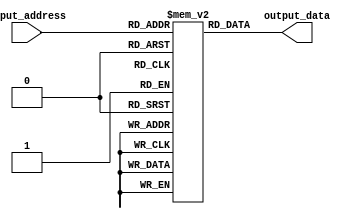
module InstructionMemory(input_address, output_data);

	input [4:0] input_address;

	output [63:0] output_data;

	reg [63:0] memory [0:31];
	
	

	assign	output_data = memory[input_address];

endmodule